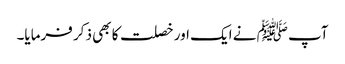
آپ ﷺ نے ایک اور خصلت کا بھی ذکر فرمایا۔